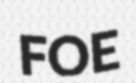
FOE